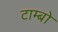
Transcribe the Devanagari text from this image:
टाम्‍बो